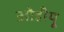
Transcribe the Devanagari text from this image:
ओडीयू